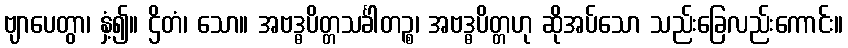
ဗျာပေတွာ၊ နှံ့၍။ ဌိတံ၊ သော။ အဗဒ္ဓပိတ္တသင်္ခါတဉ္စ၊ အဗဒ္ဓပိတ္တဟု ဆိုအပ်သော သည်းခြေလည်းကောင်း။